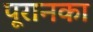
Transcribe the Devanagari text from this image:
पूरानका